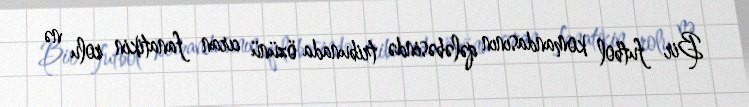
Bir futbol komandasının qələbəsində tribunada özünü cıran fanatikin rolu nə